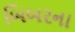
બિબરના